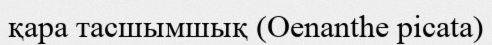
қара тасшымшық (Oenanthe picata)